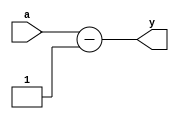
module  decrement(a,y);
input [3:0] a;
output [3:0] y;


assign y = a-1;

endmodule